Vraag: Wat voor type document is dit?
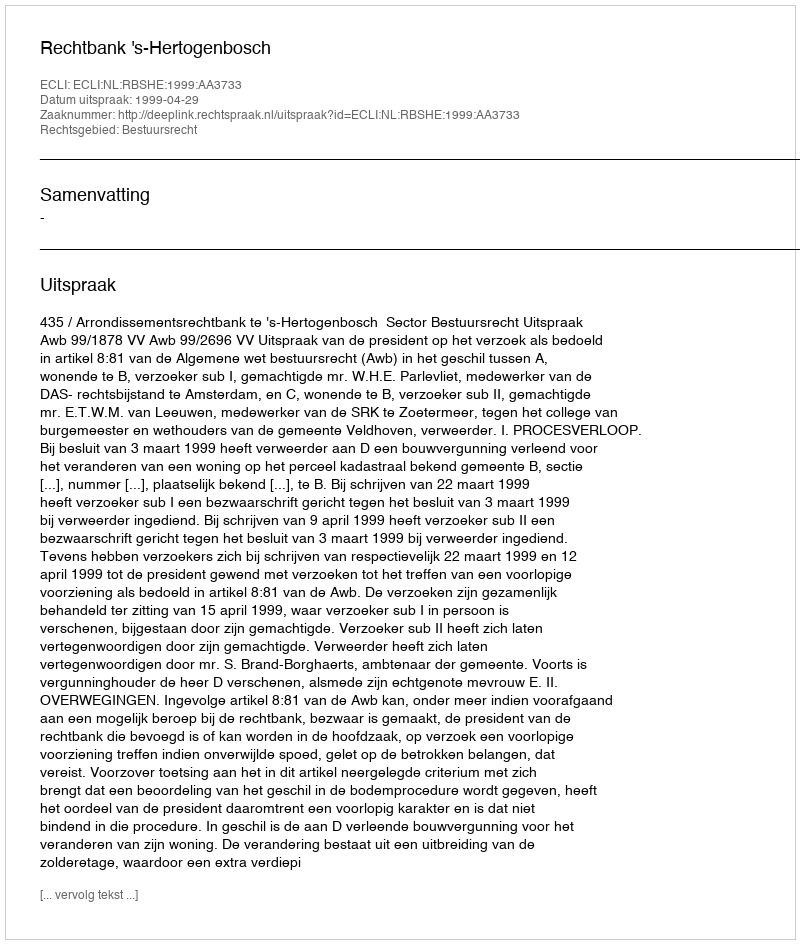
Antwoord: Uitspraak